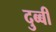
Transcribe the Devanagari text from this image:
दुब्बी